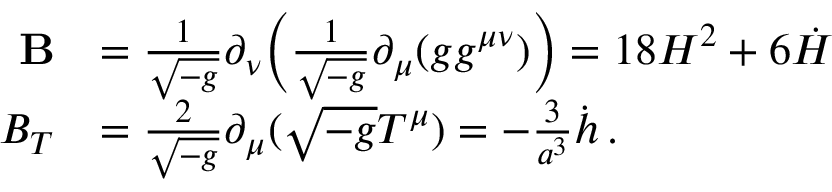
\begin{array} { r l } { \mathbf { B } } & { = \frac { 1 } { \sqrt { - g } } \partial _ { \nu } \Bigl ( \frac { 1 } { \sqrt { - g } } \partial _ { \mu } ( g g ^ { \mu \nu } ) \Bigr ) = 1 8 H ^ { 2 } + 6 \dot { H } } \\ { B _ { T } } & { = \frac { 2 } { \sqrt { - g } } \partial _ { \mu } ( \sqrt { - g } T ^ { \mu } ) = - \frac { 3 } { a ^ { 3 } } \dot { h } \, . } \end{array}